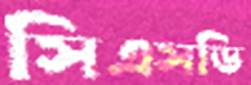
সিএসডি